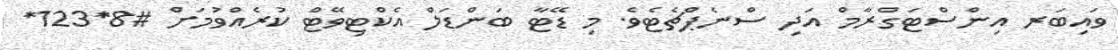
ވައިބަރ އިންސްޓަގްރާމް އަދި ސްނެޕްޗެޓެވެ. މި ޑޭޓާ ބަންޑަލް އެކްޓިވޭޓް ކުރެއްވުމަށް #8*123*